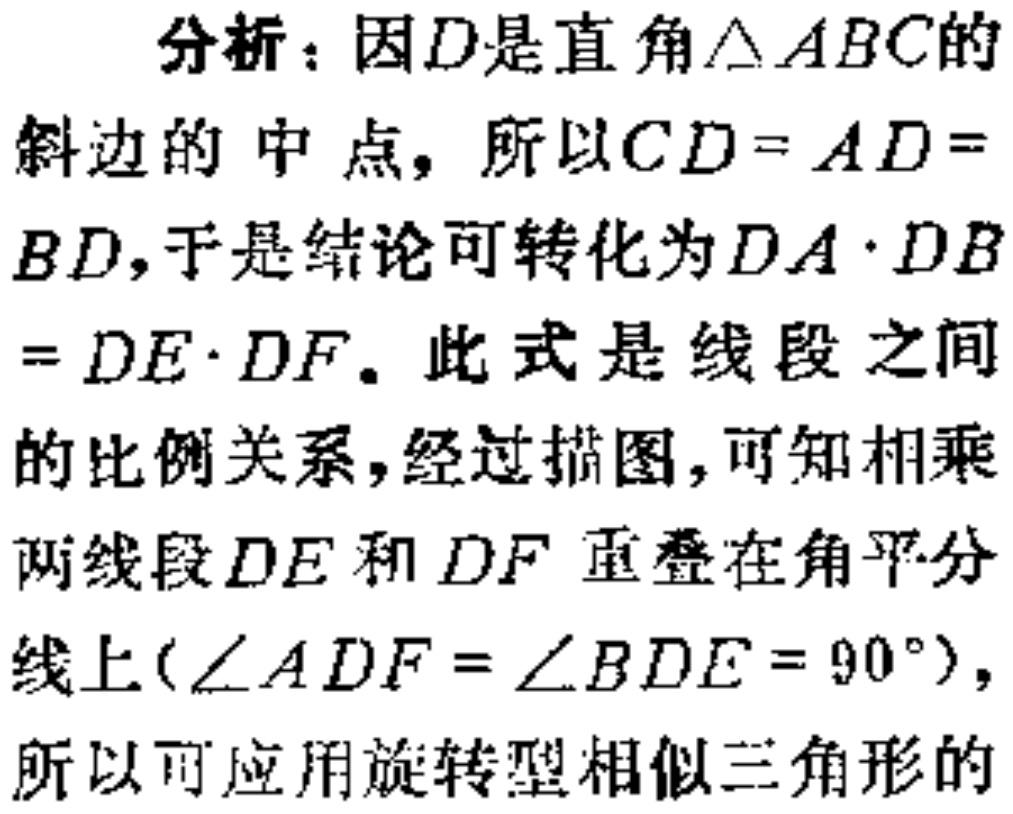
分析：因\(D\)是直角\(\triangle ABC\)的
斜边的中点，所以\(CD = AD =
BD\)，于是结论可转化为\(DA\cdot DB
= DE\cdot DF\)。此式是线段之间
的比例关系，经过描图，可知相乘
两线段\(DE\)和\(DF\)重叠在角平分
线上(\(\angle ADF = \angle BDE = 90^{\circ}\))，
所以可应用旋转型相似三角形的